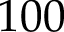
1 0 0